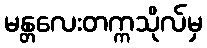
မန္တလေးတက္ကသိုလ်မှ